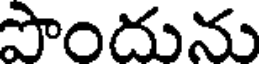
పొందును